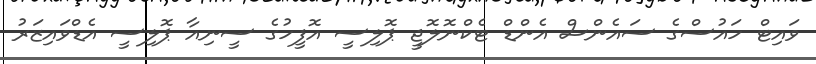
ވަައިޓް ހައުސްގެ ސައެންސް އެންޑް ޓެކްނޮލޮޖީ ޕޮލިސީ އޮފީހުގެ ސީނިއާ ޕޮލިސީ އެޑްވައިޒަރު